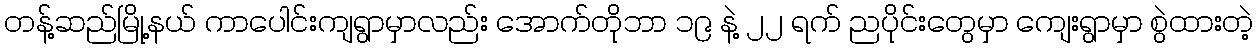
တန့်ဆည်မြို့နယ် ကာပေါင်းကျရွာမှာလည်း အောက်တိုဘာ ၁၉ နဲ့ ၂၂ ရက် ညပိုင်းတွေမှာ ကျေးရွာမှာ စွဲထားတဲ့